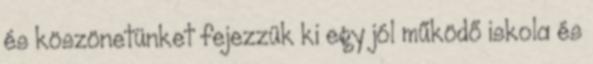
és köszönetünket fejezzük ki egy jól működő iskola és